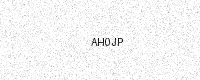
Text: AH0JP